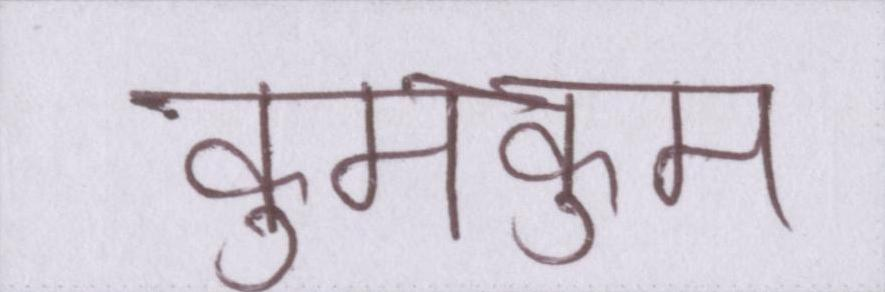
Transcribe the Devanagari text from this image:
कुमकुम